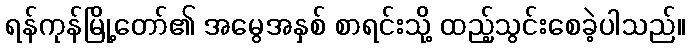
ရန်ကုန်မြို့တော်၏ အမွေအနှစ် စာရင်းသို့ ထည့်သွင်းစေခဲ့ပါသည်။